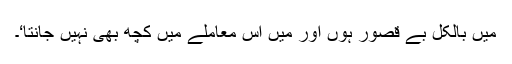
میں بالکل بے قصور ہوں اور مَیں اس معاملے میں کچھ بھی نہیں جانتا‘۔